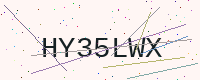
Text: HY35LWX